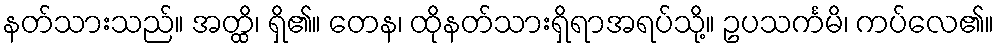
နတ်သားသည်။ အတ္ထိ၊ ရှိ၏။ တေန၊ ထိုနတ်သားရှိရာအရပ်သို့။ ဥပသင်္ကမိ၊ ကပ်လေ၏။